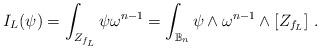
LaTeX: \begin{align*} I_L(\psi)=\int_{Z_{f_L}}\psi\omega^{n-1} =\int_{\mathbb B_n} \psi \wedge \omega^{n-1}\wedge [Z_{f_L}]\ .\end{align*}